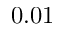
0 . 0 1